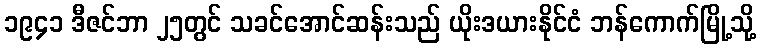
၁၉၄၁ ဒီဇင်ဘာ ၂၅တွင် သခင်အောင်ဆန်းသည် ယိုးဒယားနိုင်ငံ ဘန်ကောက်မြို့သို့